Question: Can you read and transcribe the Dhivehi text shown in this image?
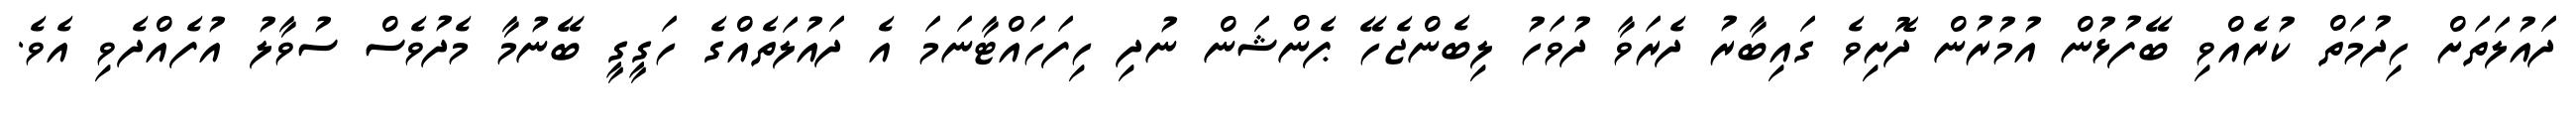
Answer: ދައުލަތަށް ހިދުމަތް ކުރެއްވި ބޭފުޅުން އުމުރުން ދޮށިވެ ގައިބާރު ދެރަވާ ދުވަހު ލިބެންޖެހޭ ޕެންޝަން ނުދި ހިފަހައްޓާނަމަ އެ ދައުލަތެއްގެ ހަގީގީ ބޭނުމާ މެދުވެސް ސުވާލު އުފެއްދެވި އެވެ.